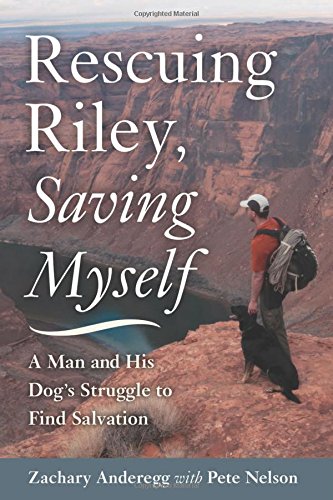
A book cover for Rescuing Riley, Saving Myself: A Man and His Dog's Struggle to Find Salvation; Zachary Anderegg; Science & Math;